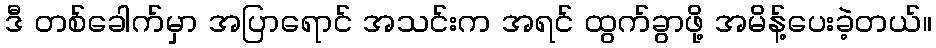
ဒီ တစ်ခေါက်မှာ အပြာရောင် အသင်းက အရင် ထွက်ခွာဖို့ အမိန့်ပေးခဲ့တယ်။